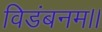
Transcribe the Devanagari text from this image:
विडंबनम।।